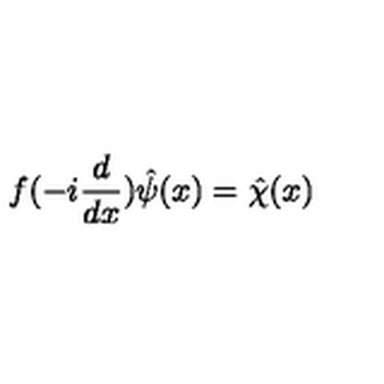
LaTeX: f ( - i \frac { d } { d x } ) \hat { \psi } ( x ) = \hat { \chi } ( x )